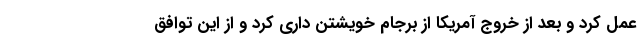
عمل کرد و بعد از خروج آمریکا از برجام خویشتن داری کرد و از این توافق